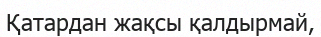
Қатардан жақсы қалдырмай,